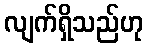
လျက်ရှိသည်ဟု